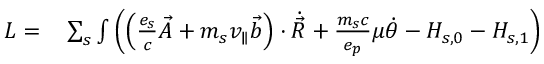
\begin{array} { r l } { L = } & { { } \sum _ { s } \int \left( \left( \frac { e _ { s } } { c } \Vec { A } + m _ { s } v _ { \parallel } \Vec { b } \right) \cdot \Dot { \Vec { R } } + \frac { m _ { s } c } { e _ { p } } \mu \Dot { \theta } - H _ { s , 0 } - H _ { s , 1 } \right) } \end{array}